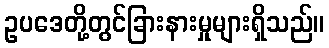
ဥပဒေတို့တွင်ခြားနားမှုများရှိသည်။